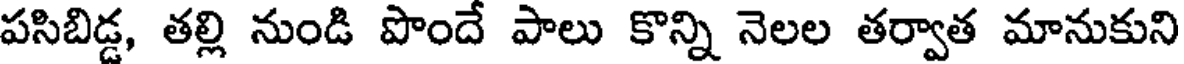
పసిబిడ్డ, తల్లి నుండి పొందే పాలు కొన్ని నెలల తర్వాత మానుకుని